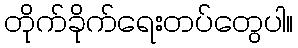
တိုက်ခိုက်ရေးတပ်တွေပါ။